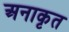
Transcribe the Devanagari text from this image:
अनाकृत